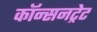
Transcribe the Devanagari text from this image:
कॉन्सनट्रेट